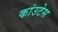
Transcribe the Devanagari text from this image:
कांउटेस